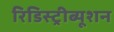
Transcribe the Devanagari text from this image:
रिडिस्ट्रीब्यूशन